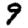
Digit: 9